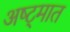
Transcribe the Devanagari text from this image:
अष्ट्मात